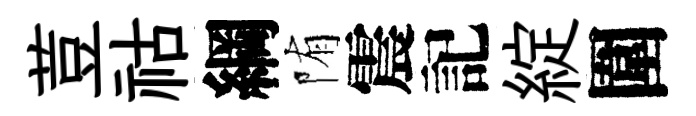
荳祜綱陏震記綻圍